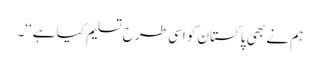
ہم نے بھی پاکستان کو اسی طرح تسلیم کیا ہے‘‘۔